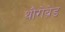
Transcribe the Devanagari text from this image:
थौरोब्रेड